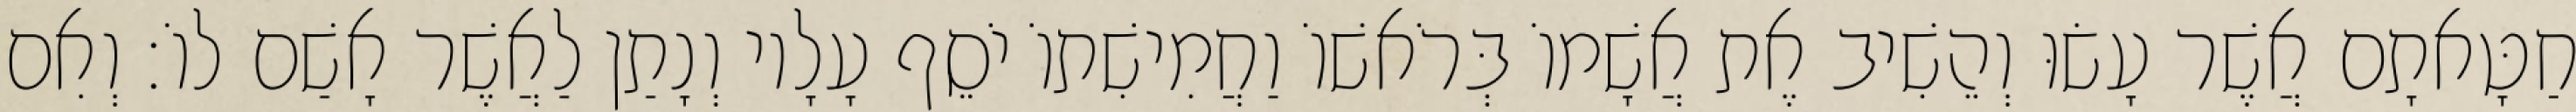
חַטָּאתָם אֲשֶׁר עָשׂוּ וְהֵשִׁיב אֶת אֲשָׁמוֹ בְּרֹאשׁוֹ וַחֲמִישִׁתוֹ יֹסֵף עָלָיו וְנָתַן לַאֲשֶׁר אָשַׁם לוֹ׃ וְאִם